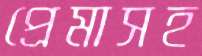
প্রেমাসহ